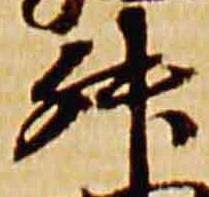
升